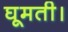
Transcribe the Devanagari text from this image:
घूमती।